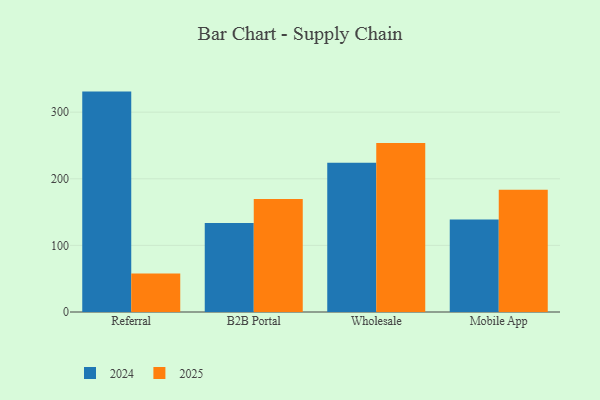
{"axis": {"x": "Channel", "y": "Shipments"}, "legend": ["2024", "2025"], "data": [{"x": "Referral", "y": 330.9, "type": "2024"}, {"x": "Referral", "y": 57.9, "type": "2025"}, {"x": "B2B Portal", "y": 133.7, "type": "2024"}, {"x": "B2B Portal", "y": 169.5, "type": "2025"}, {"x": "Wholesale", "y": 224.0, "type": "2024"}, {"x": "Wholesale", "y": 253.9, "type": "2025"}, {"x": "Mobile App", "y": 138.8, "type": "2024"}, {"x": "Mobile App", "y": 183.5, "type": "2025"}]}